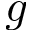
g